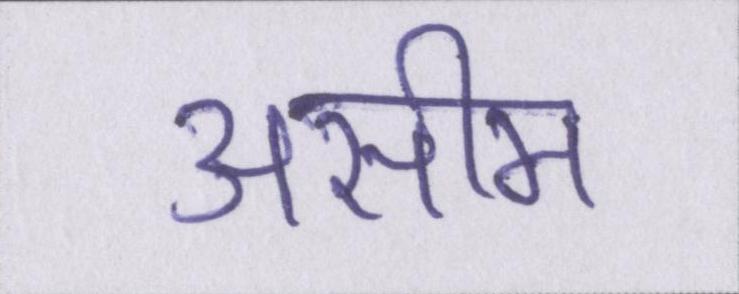
असीम